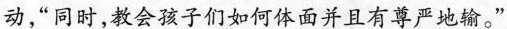
动”同时，教会孩子们如何体面并且有尊严地输。”